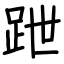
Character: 跇